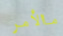
ماالأمر